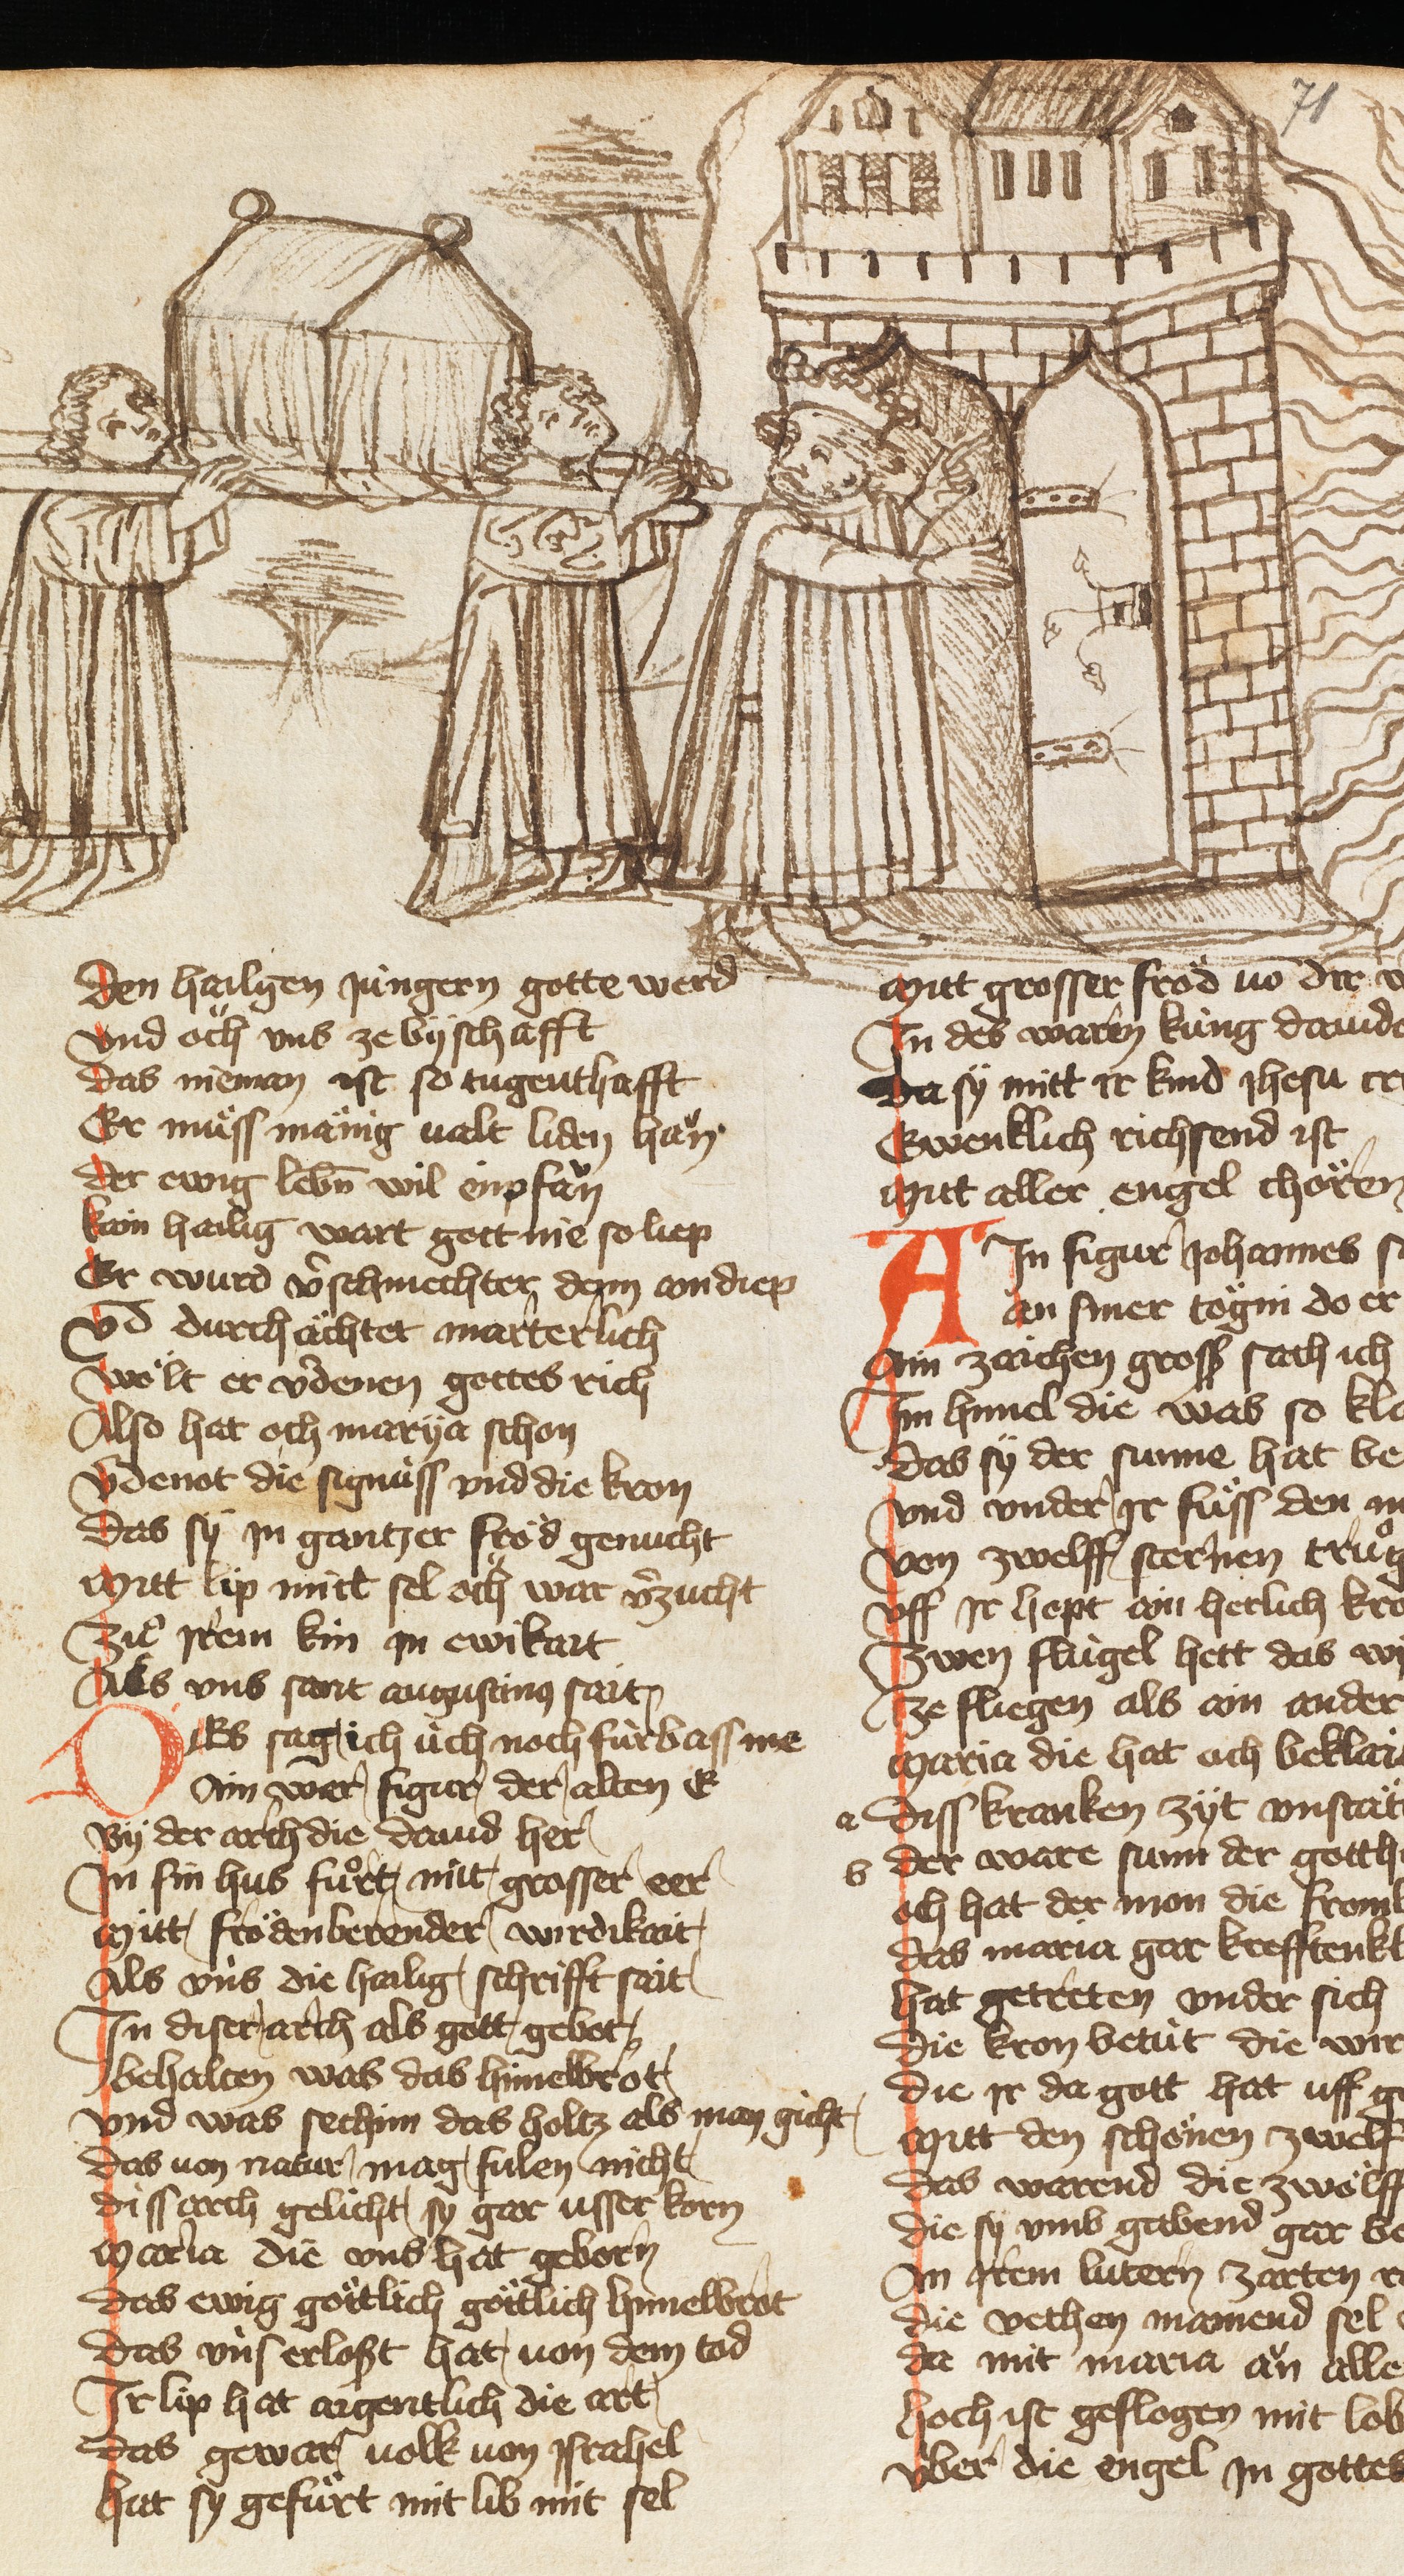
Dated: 1385–1415